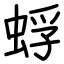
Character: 蜉